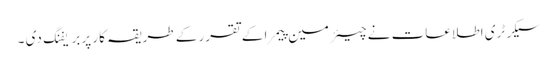
سیکرٹری اطلاعات نے چیئرمین پیمرا کے تقرر کے طریقہ کار پر بریفنگ دی ۔